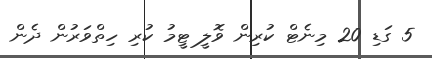
5 ގަޑި 20 މިނެޓް ކުރިން ވޮލީ ޓީމު ކުރި ހިތްވަރުން ދެން